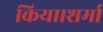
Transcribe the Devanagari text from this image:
किया।शर्मा